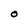
Character: 0